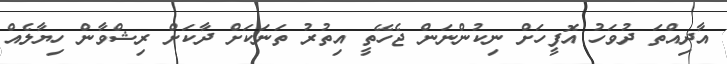
އާދިއްތަ ދުވަހު އޮފީހަށް ނިކުންނަން ޖެހޭތީ އިތުރު ތަނަކަށް ދާކަށް ރިޝްވާން ހިޔާލެއް